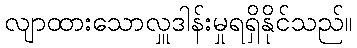
လျာထားသောလှူဒါန်းမှုရရှိနိုင်သည်။